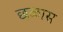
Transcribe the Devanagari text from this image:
छळास